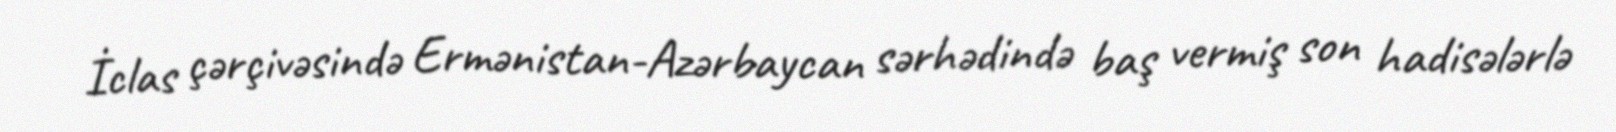
İclas çərçivəsində Ermənistan-Azərbaycan sərhədində baş vermiş son hadisələrlə